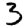
Digit: 3